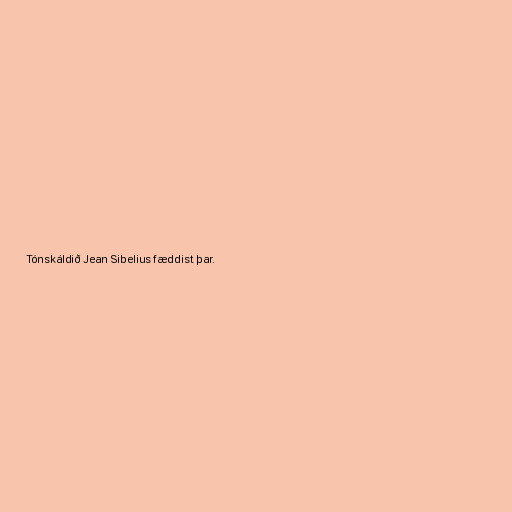
Tónskáldið Jean Sibelius fæddist þar.